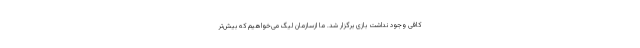
کافی وجود نداشت بازی برگزار شد. ما ازسازمان لیگ می‌خواهیم که بیش‌تر